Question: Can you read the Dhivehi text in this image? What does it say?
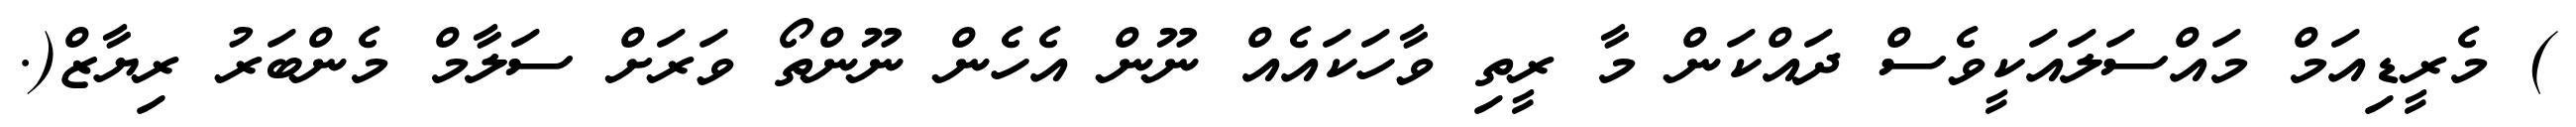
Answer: ) މެރީޑިއަމް މައްސަލައަކީވެސް ދައްކަން މާ ރީތި ވާހަކައެއް ނޫން އެހެން ނޫންތޯ ވަރަށް ސަލާމް މެންބަރު ރިޔާޒް(.